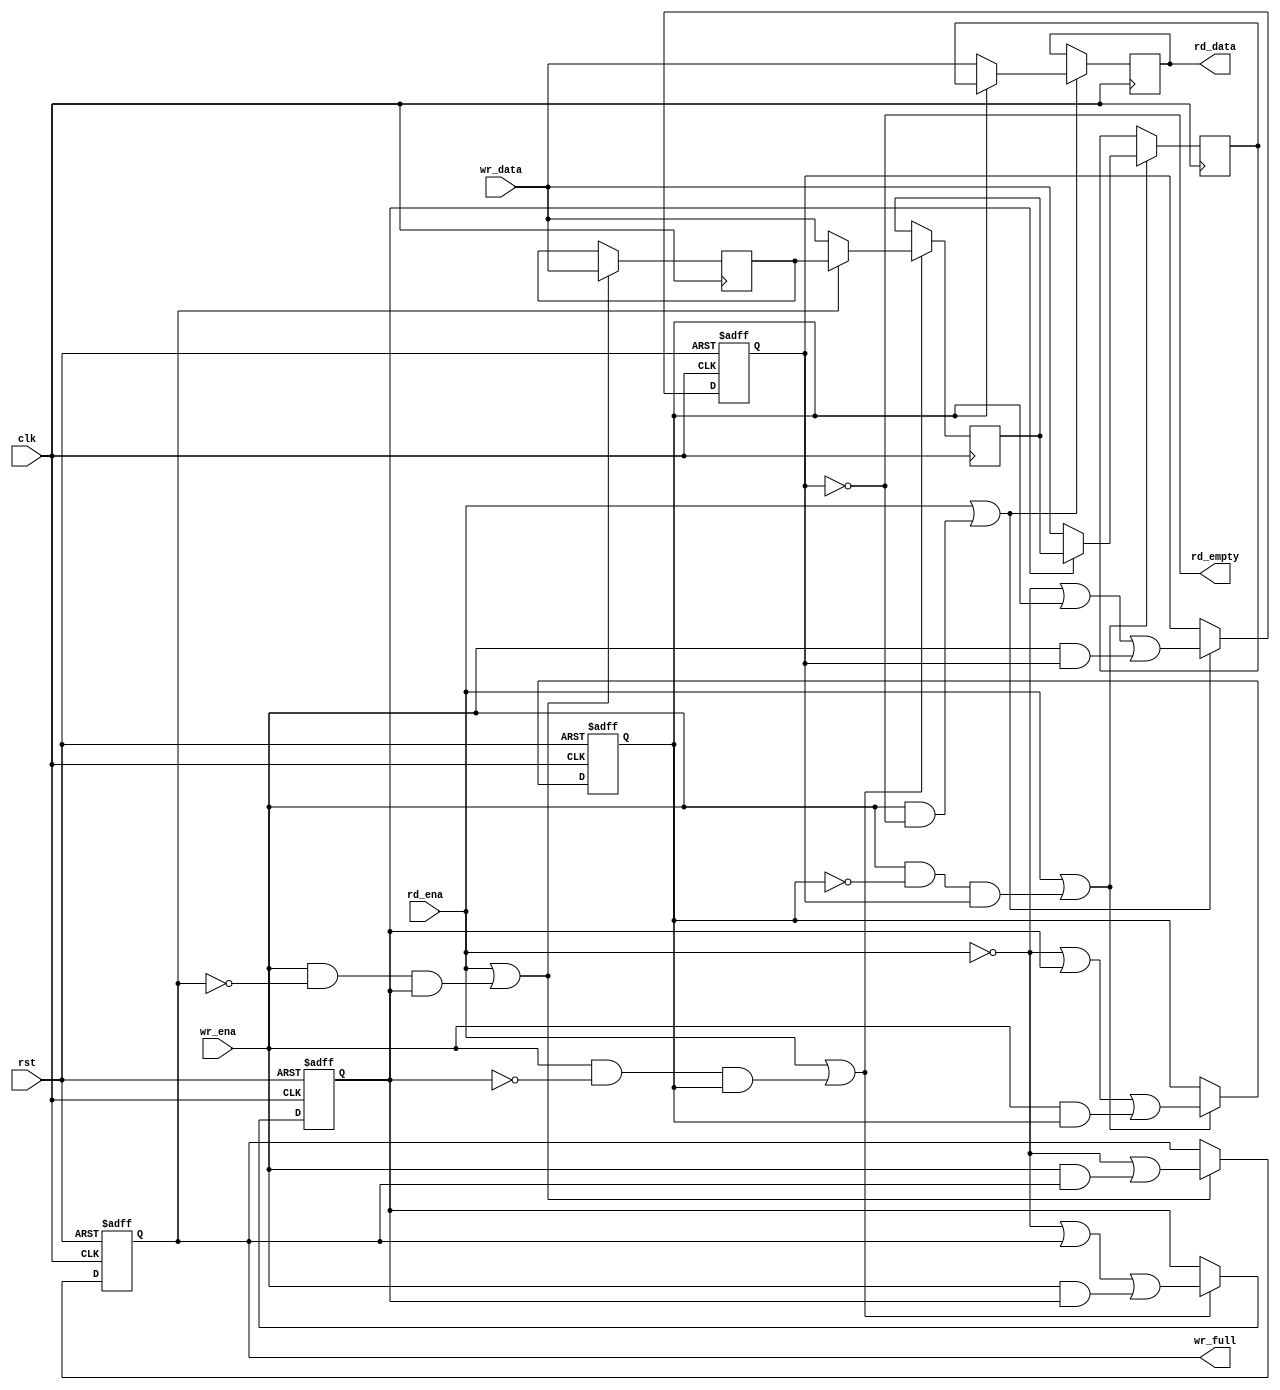
/*
 * fifo_sync_shift.v
 *
 * vim: ts=4 sw=4
 *
 * Copyright (C) 2019  Sylvain Munaut <tnt@246tNt.com>
 * All rights reserved.
 *
 * BSD 3-clause, see LICENSE.bsd
 *
 * Redistribution and use in source and binary forms, with or without
 * modification, are permitted provided that the following conditions are met:
 *     * Redistributions of source code must retain the above copyright
 *       notice, this list of conditions and the following disclaimer.
 *     * Redistributions in binary form must reproduce the above copyright
 *       notice, this list of conditions and the following disclaimer in the
 *       documentation and/or other materials provided with the distribution.
 *     * Neither the name of the <organization> nor the
 *       names of its contributors may be used to endorse or promote products
 *       derived from this software without specific prior written permission.
 *
 * THIS SOFTWARE IS PROVIDED BY THE COPYRIGHT HOLDERS AND CONTRIBUTORS "AS IS" AND
 * ANY EXPRESS OR IMPLIED WARRANTIES, INCLUDING, BUT NOT LIMITED TO, THE IMPLIED
 * WARRANTIES OF MERCHANTABILITY AND FITNESS FOR A PARTICULAR PURPOSE ARE
 * DISCLAIMED. IN NO EVENT SHALL <COPYRIGHT HOLDER> BE LIABLE FOR ANY
 * DIRECT, INDIRECT, INCIDENTAL, SPECIAL, EXEMPLARY, OR CONSEQUENTIAL DAMAGES
 * (INCLUDING, BUT NOT LIMITED TO, PROCUREMENT OF SUBSTITUTE GOODS OR SERVICES;
 * LOSS OF USE, DATA, OR PROFITS; OR BUSINESS INTERRUPTION) HOWEVER CAUSED AND
 * ON ANY THEORY OF LIABILITY, WHETHER IN CONTRACT, STRICT LIABILITY, OR TORT
 * (INCLUDING NEGLIGENCE OR OTHERWISE) ARISING IN ANY WAY OUT OF THE USE OF THIS
 * SOFTWARE, EVEN IF ADVISED OF THE POSSIBILITY OF SUCH DAMAGE.
 */

`default_nettype none

module fifo_sync_shift #(
	parameter integer DEPTH =  4,
	parameter integer WIDTH = 16
)(
	input  wire [WIDTH-1:0] wr_data,
	input  wire wr_ena,
	output wire wr_full,

	output wire [WIDTH-1:0] rd_data,
	input  wire rd_ena,
	output wire rd_empty,

	input  wire clk,
	input  wire rst
);

	// Signals
	// -------

	wire  [DEPTH+1:0] ce;
	wire  [DEPTH+1:0] valid;
	wire  [WIDTH-1:0] data [DEPTH+1:0];


	// Stages
	// ------

	// Generate loop
	genvar i;

	generate
		for (i=1; i<=DEPTH; i=i+1)
		begin : stage
			// Local signals
			reg [WIDTH-1:0] l_data;
			reg l_valid;

			// Data register
			always @(posedge clk)
				if (ce[i])
					l_data <= valid[i+1] ? data[i+1] : wr_data;

			// Valid flag
			always @(posedge clk or posedge rst)
				if (rst)
					l_valid <= 1'b0;
				else if (ce[i])
					l_valid <= ~rd_ena | valid[i+1] | (wr_ena & valid[i]);

			// CE for this stage
			assign ce[i] = rd_ena | (wr_ena & ~valid[i] & valid[i-1]);

			// Map
			assign data[i]  = l_data;
			assign valid[i] = l_valid;
		end
	endgenerate

	// Boundary conditions
	assign data[DEPTH+1] = wr_data;
	assign data[0] = { WIDTH{1'bx} };

	assign valid[DEPTH+1] = 1'b0;
	assign valid[0] = 1'b1;

	assign ce[DEPTH+1] = 1'bx;
	assign ce[0] = 1'bx;


	// User IF
	// -------

	assign wr_full = valid[DEPTH];

	assign rd_empty = ~valid[1];
	assign rd_data  = data[1];

endmodule // fifo_sync_shift